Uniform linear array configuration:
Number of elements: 64
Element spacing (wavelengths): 1
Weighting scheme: cosine
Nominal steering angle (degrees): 0
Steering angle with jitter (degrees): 1.536
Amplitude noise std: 0.05
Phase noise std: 0.05

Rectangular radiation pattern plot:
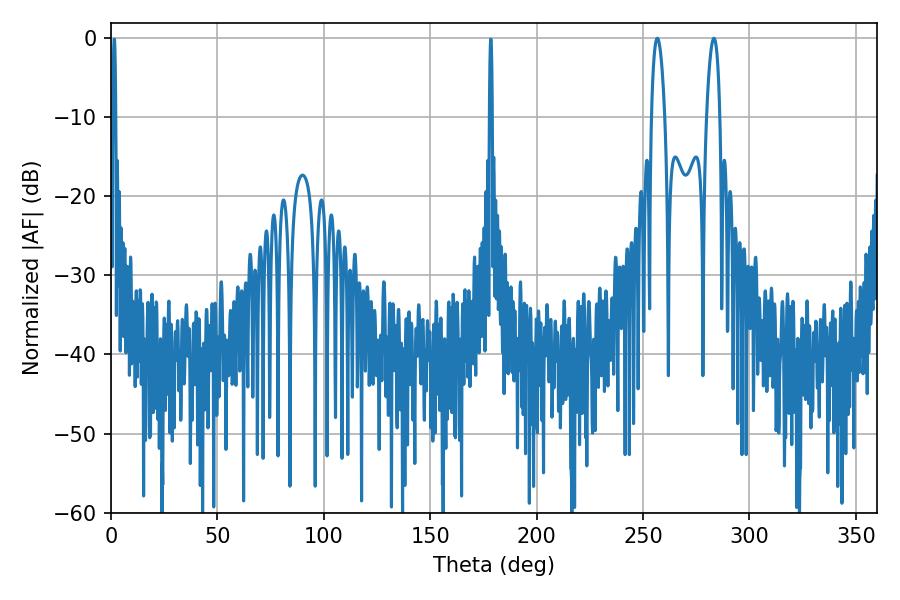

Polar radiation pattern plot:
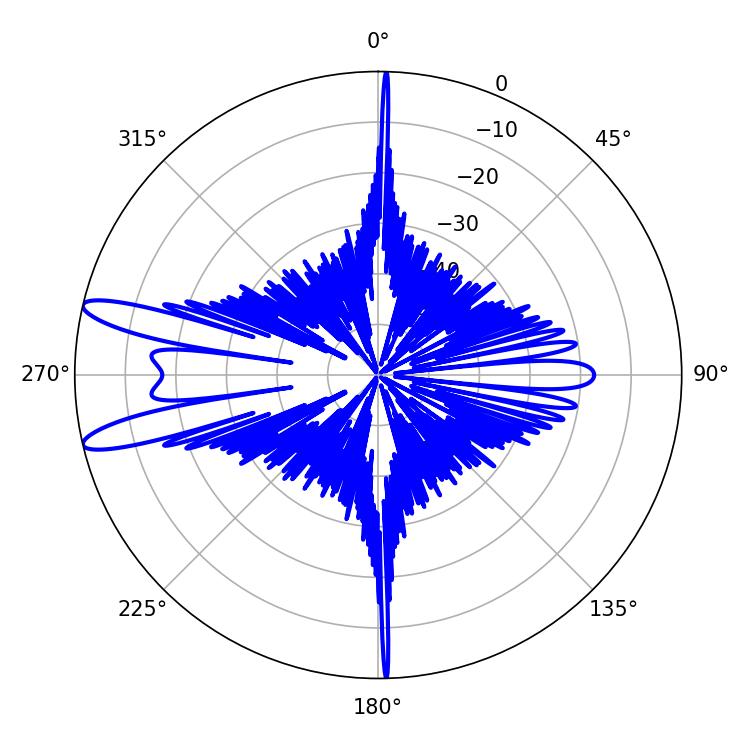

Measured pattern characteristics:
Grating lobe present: TRUE
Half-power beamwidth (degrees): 3.42
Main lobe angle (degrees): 256.68